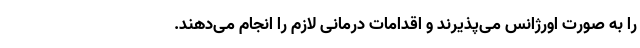
را به صورت اورژانس می‌پذیرند و اقدامات درمانی لازم را انجام می‌دهند.